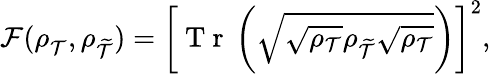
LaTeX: \mathcal{F}(\rho_{\mathcal{T}}^{},\rho_{\widetilde{\mathcal{T}}})=\left[\mathrm{~T~r~}\left(\sqrt{\sqrt{\rho_{\mathcal{T}}}\rho_{\widetilde{\mathcal{T}}}\sqrt{\rho_{\mathcal{T}}}}\right)\right]^{2},